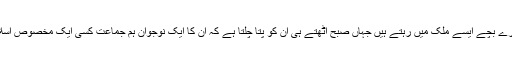
اسکول کی پرنسپل نے اپنے فیصلے کا دفاع انٹرنیٹ پر کیا: “ہمارے بچے ایسے ملک میں رہتے ہیں جہاں صبح اٹھتے ہی ان کو پتا چلتا ہے کہ ان کا ایک نوجوان ہم جماعت کسی ایک مخصوص اسلامی مقطبہ فکر سے تعلق ہونے کی وجہ سے قتل کر دیا گیا ہے۔